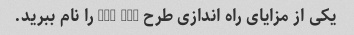
یکی از مزایای راه اندازی طرح 401 (k) را نام ببرید.